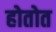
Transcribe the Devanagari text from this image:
होतोत